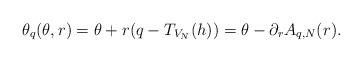
LaTeX: \begin{align*}\theta_q(\theta,r)=\theta + r (q-T_{V_N}(h))=\theta-\partial_r A_{q,N}(r).\end{align*}